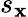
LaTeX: s_{\mathbf{x}}